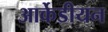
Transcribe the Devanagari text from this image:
आर्केडीयन